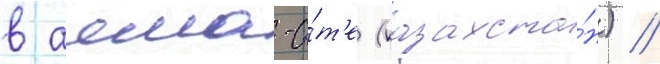
в алма-а́т'е (казахста́н) //